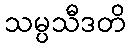
သမ္ပသီဒတိ